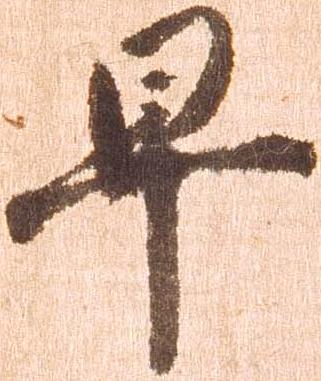
早